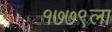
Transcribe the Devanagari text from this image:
१७७९ला